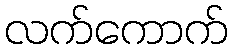
လက်ကောက်